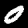
Label: 0